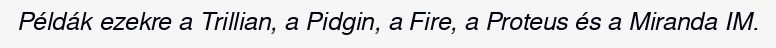
Példák ezekre a Trillian, a Pidgin, a Fire, a Proteus és a Miranda IM.